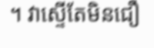
។ វាស្ទើតែមិនជឿ